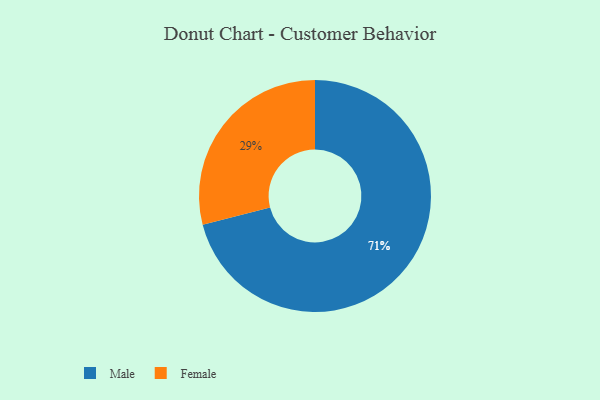
{"axis": {"x": "Category", "y": "Percentage"}, "legend": ["Female", "Male"], "data": [{"x": "Female", "y": 29, "type": "Female"}, {"x": "Male", "y": 71, "type": "Male"}]}